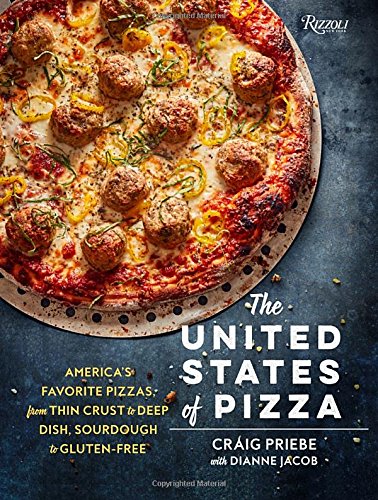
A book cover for The United States of Pizza: America's Favorite Pizzas, From Thin Crust to Deep Dish, Sourdough to Gluten-Free; Craig Priebe; Cookbooks, Food & Wine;